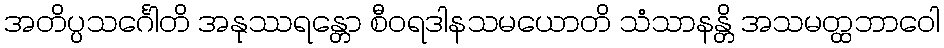
အတိပ္ပသင်္ဂေါတိ အနုဿရန္တော စီဝရဒါနသမယောတိ သံသာနန္တိ အသမတ္ထဘာဝေါ